Annual statistical returns and brief notes on vaccination in Bengal - 1887-1898
Year: 1887
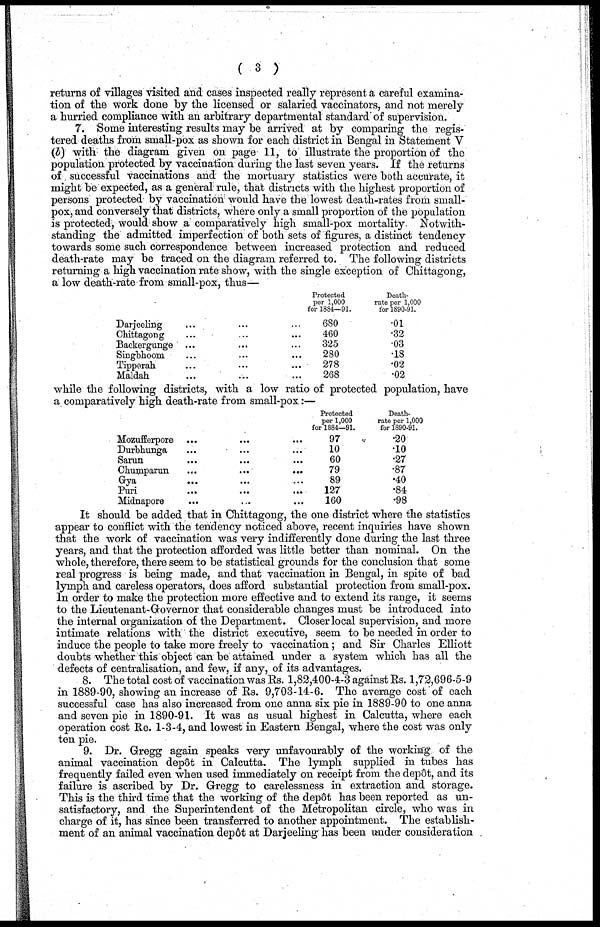
( 3 )
returns of villages visited and cases inspected really represent a careful examina-
tion of the work done by the licensed or salaried vaccinators, and not merely
a hurried compliance with an arbitrary departmental standard of supervision.
7. Some interesting results may be arrived at by comparing the regis-
tered deaths from small-pox as shown for each district in Bengal in Statement V
(b) with the diagram given on page 11, to illustrate the proportion of the
population protected by vaccination during the last seven years. If the returns
of successful vaccinations and the mortuary statistics were both accurate, it
might be expected, as a general rule, that districts with the highest proportion of
persons protected by vaccination would have the lowest death-rates from small-
pox, and conversely that districts, where only a small proportion of the population
is protected, would show a comparatively high small-pox mortality. Notwith-
standing the admitted imperfection of both sets of figures, a distinct tendency
towards some such correspondence between increased protection and reduced
death-rate may be traced on the diagram referred to. The following districts
returning a high vaccination rate show, with the single exception of Chittagong,
a low death-rate from small-pox, thus—
Darjeeling ... ... ...
Chittagong ... ... ...
Backergunge ... ... ...
Singbhoom ... ... ...
Tipperah ... ... ...
Maldah ... ... ...
Protected
per 1,000
for 1884—91.
680
460
325
280
278
268
Death¬
rate per 1,000
for 1890-91.
.01
.32
.03
.18
.02
.02
while the following districts, with a low ratio of protected population, have
a comparatively high death-rate from small-pox:—
Mozufferpore ... ... ...
Durbhunga ... ... ...
Sarun ... ... ...
Chumparun
...
...
...
Gya ... ... ...
Puri
...
...
...
Midnapore ... ... ...
Protected
per 1,000
for 1884—91.
97
10
60
79
89
127
160
Death-
rate per 1,000
for 1890-91.
.20
.10
.27
.87
.40
.84
.98
It should be added that in Chittagong, the one district where the statistics
appear to conflict with the tendency noticed above, recent inquiries have shown
that the work of vaccination was very indifferently done during the last three
years, and that the protection afforded was little better than nominal. On the
whole, therefore, there seem to be statistical grounds for the conclusion that some
real progress is being made, and that vaccination in Bengal, in spite of bad
lymph and careless operators, does afford substantial protection from small-pox.
In order to make the protection more effective and to extend its range, it seems
to the Lieutenant- Governor that considerable changes must be introduced into
the internal organization of the Department. Closer local supervision, and more
intimate relations with the district executive, seem to be needed in order to
induce the people to take more freely to vaccination; and Sir Charles Elliott
doubts whether this object can be attained under a system which has all the
defects of centralisation, and few, if any, of its advantages.
8. The total cost of vaccination was Rs. 1,82,400-4-3 against Rs. 1,72,696-5-9
in 1889-90, showing an increase of Rs. 9,703-14-6. The average cost of each
successful case has also increased from one anna six pie in 1889-90 to one anna
and seven pie in 1890-91. It was as usual highest in Calcutta, where each
operation cost Re. 1-3-4, and lowest in Eastern Bengal, where the cost was only
ten pie.
9. Dr. Gregg again speaks very unfavourably of the working of the
animal vaccination depôt in Calcutta. The lymph supplied in tubes has
frequently failed even when used immediately on receipt from the depôt, and its
failure is ascribed by Dr. Gregg to carelessness in extraction and storage.
This is the third time that the working of the depôt has been reported as un-
satisfactory, and the Superintendent of the Metropolitan circle, who was in
charge of it, has since been transferred to another appointment. The establish-
ment of an animal vaccination depôt at Darjeeling has been under consideration